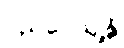
ပညပေယျန္တိ